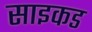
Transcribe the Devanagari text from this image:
साइकड